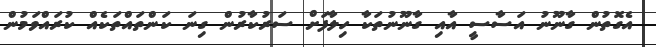
އެގޮތުން ގާނޫނު އަސާސީ އާއި ގާނޫނުތަކާ ހިލާފަށް ސަރުކާރުން ގިނަ ކަންތައްތަކެއް ކުރައްވަމުން